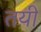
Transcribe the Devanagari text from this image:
तयीं